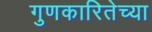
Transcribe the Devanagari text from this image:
गुणकारितेच्या